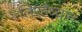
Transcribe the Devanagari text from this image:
लिएहैध्यान